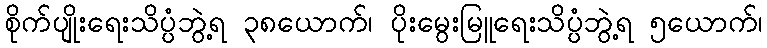
စိုက်ပျိုးရေးသိပ္ပံဘွဲ့ရ ၃၈ယောက်၊ ပိုးမွေးမြူရေးသိပ္ပံဘွဲ့ရ ၅ယောက်၊